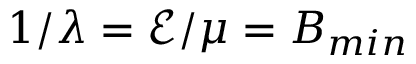
1 / \lambda = \mathcal { E } / \mu = B _ { m i n }